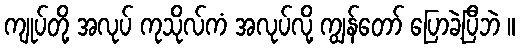
ကျုပ်တို့ အလုပ် ကုသိုလ်ကံ အလုပ်လို့ ကျွန်တော် ပြောခဲ့ပြီဘဲ ။